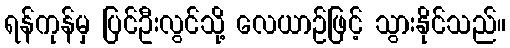
ရန်ကုန်မှ ပြင်ဦးလွင်သို့ လေယာဉ်ဖြင့် သွားနိုင်သည်။